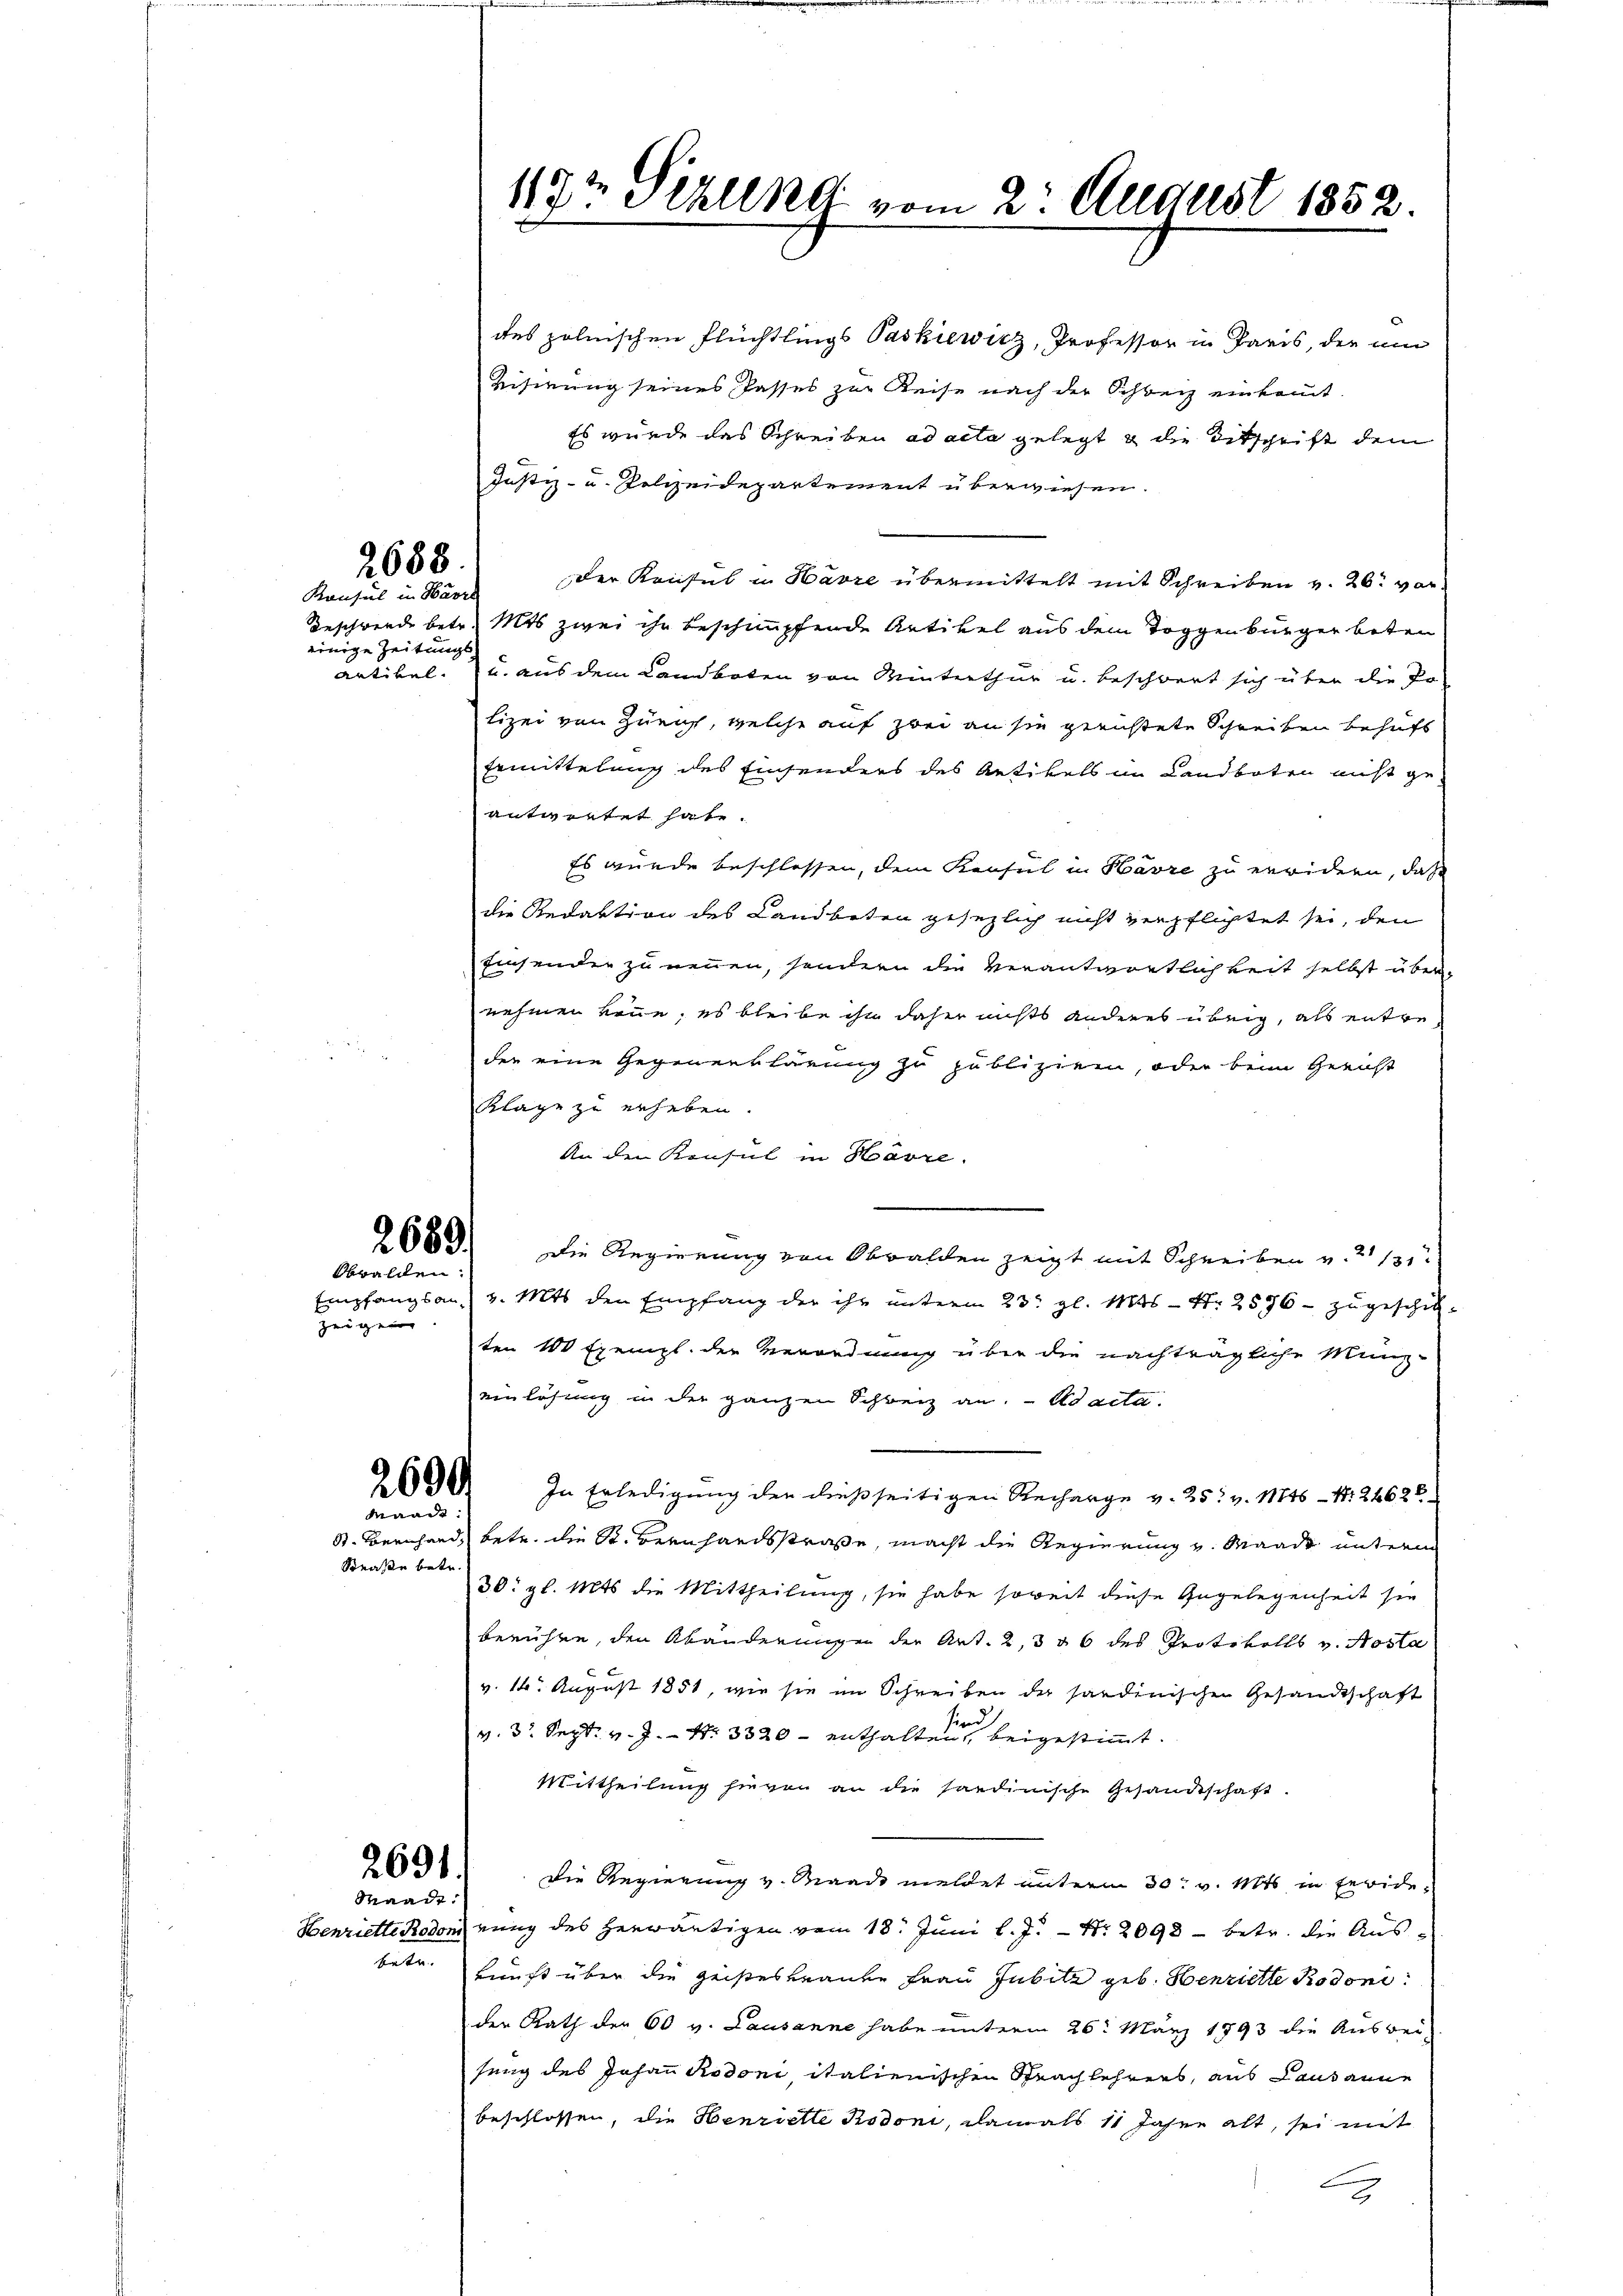
2688.

Konsul in Havre
einige Zeitungs-

zeigen.

betr.

Obwalden:

2600.
Waadt:

Straße betr.

2691.
Waadt:

119½ Pizlend vom 2. August 1852.

des polnischen Flüchtlings Paškiewicz, Professor in Paris, der um
Bisirung seines Passes zur Reise nach der Schweiz einkommt.
Es wurde das Schreiben ad acta gelegt & die Titschrift dem
Justiz- u. Polizeidepartement überwiesen.
der Konsul in Harre übermittelt mit Schreiben v. 26. vor
Beschwerde betr. Mts zwei ihr beschnupfende Artikel aus dem Toggenburger beten
antikel, u. aus dem Landboten von Winterthur u. beschwert sich über die Po-
lizei von Zürich, welche auf zwei an sie gerichtete Schreiben behufs
Ermittelung des Einsenders des Antikels im Landboten nicht geantarstet hat.
Es wurde beschlossen, dem Konsul in Havre zu erwidern, daß
die Redaktion des Landboten gesezlich nicht verpflichtet sei, den
Einsender zu nennen, sondern die Verantwortlichkeit selbst übernehmen könne, es bleibe ihn daher nichts anderes übrig, als entreder eine Gegenerklärung zu publiziren, oder beim Gericht
Klage zu erheben.
An den Konsul in Havre.
2689) Die Regierung von Obwalden zeigt mit Schreiben v. 21/31
Empfangsans v. Mts. den Empfang der ihr unterm 23. gl. Mts. - 4. 2576 – zugeschickten 100 Exempl. der Verordnung über die nachträgliche Münz-
einlösung in der ganzen Schweiz an. ad acta.
In Erledigung der dießseitigen Recharge v. 25. v. 1746 - Nr. 22628
S. Bernhard, betr. die St. Bernhandsstraße, macht die Regierung u. Waadt unterm
30. gl. Mts. die Mittheilung, sie habe soweit diese Angelegenheit sie
berühre, den Abänderungen der Art. 2, 3 § 6 des Protokolls v. Aosta
v. 14. August 1851, wie sie im Schreiben der sardinischen Gesandtschaft
ie
v. 3. Sept. v. J. Nr. 3320 - enthalten, beigestimmt.
Mittheilung hievon an die sandinische Gesandtschaft.
Die Regierung v. Mande meldet unterm 30. v. Mts in Febide
Henriette Rodomnung des herwärtigen vom 18. Juni l. J. Nr. 2098 - betr. die Auskunft über die geisteskraute Frau Jubile geb. Henriette Rodoni
der Rath der 60 v. Lausanne habe unterm 26. März 1893 die Ausbei-
sung des Johann Rodoni, italienischen Sprachlehrens, aus Lausanne
beschlossen, die Henriette Kodoni, damals 11 Jahre alt, sei mit
b